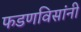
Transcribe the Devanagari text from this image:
फडणविसांनी